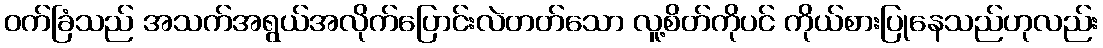
ဝက်ခြံသည် အသက်အရွယ်အလိုက်ပြောင်းလဲတတ်သော လူ့စိတ်ကိုပင် ကိုယ်စားပြုနေသည်ဟုလည်း